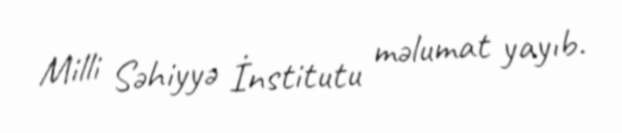
Milli Səhiyyə İnstitutu məlumat yayıb.